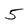
Character: 5